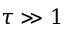
\tau \gg 1